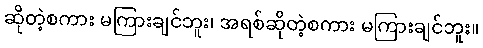
ဆိုတဲ့စကား မကြားချင်ဘူး၊ အရစ်ဆိုတဲ့စကား မကြားချင်ဘူး။